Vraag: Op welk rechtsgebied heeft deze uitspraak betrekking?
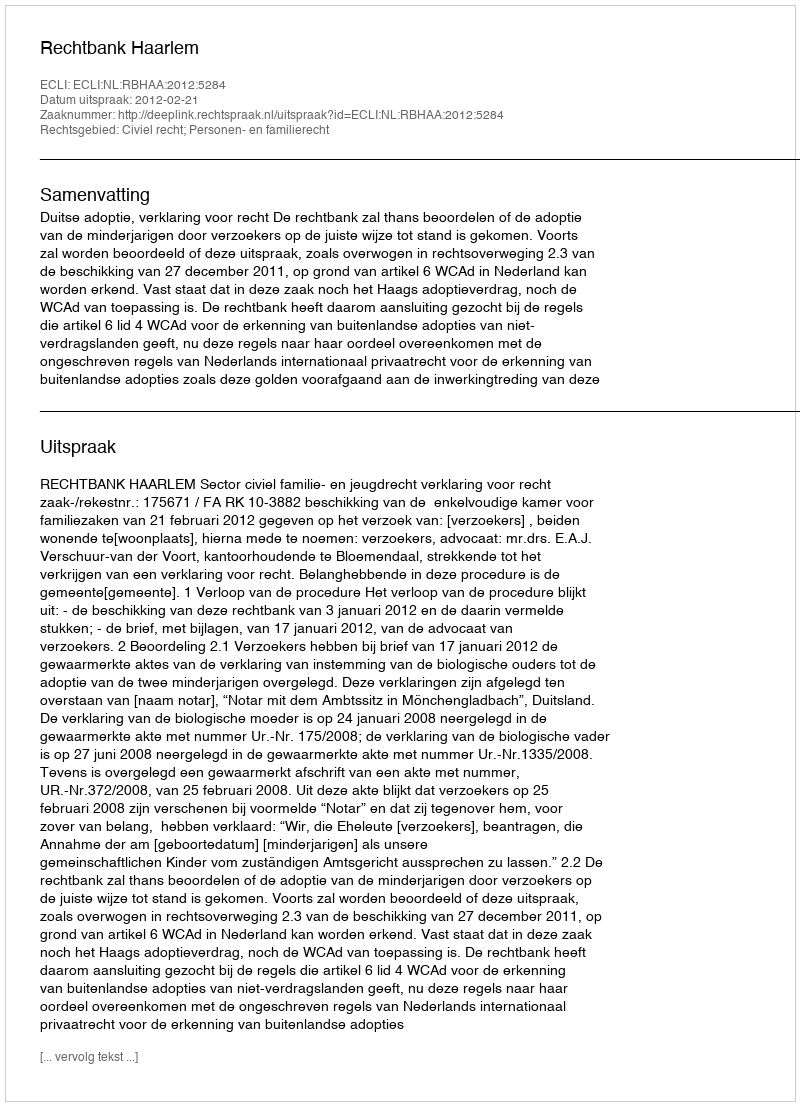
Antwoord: Civiel recht; Personen- en familierecht